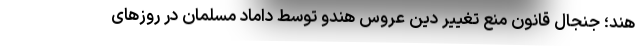
هند؛ جنجال قانون منع تغییر دین عروس هندو توسط داماد مسلمان در روزهای